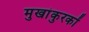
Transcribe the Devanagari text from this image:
मुखांकुरकों